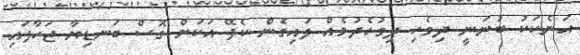
އަނެކަކު ބުނަނީ ދިވެހި ދިގުހެދުމެއް ލައިގެން ކެފޭ އަކަށް ގޮސް ބަނޑިޔާ ޖަހާފައި